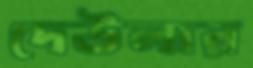
দেউলার